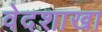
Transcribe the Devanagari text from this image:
वेदशाखा